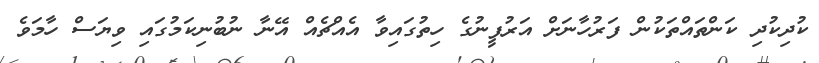
ކުދިކުދި ކަންތައްތަކުން ފަރުހާނަށް އަރުފީނުގެ ހިތުގައިވާ އެއްޗެއް އޭނާ ނުބުނިކަމުގައި ވިޔަސް ހާމަވެ